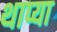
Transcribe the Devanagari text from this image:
थाप्या